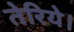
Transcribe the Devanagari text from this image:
तेरिये।